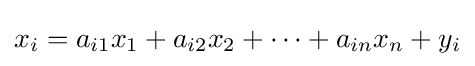
x_{i}=a_{i1}x_{1}+a_{i2}x_{2}+\cdots +a_{in}x_{n}+y_{i}